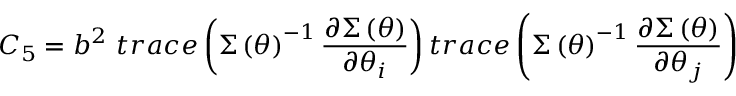
C _ { 5 } = b ^ { 2 } \mathrm { ~ } t r a c e \left( \boldsymbol { \Sigma } \left( \boldsymbol { \theta } \right) ^ { - 1 } \frac { \partial \boldsymbol { \Sigma } \left( \boldsymbol { \theta } \right) } { \partial \theta _ { i } } \right) t r a c e \left( \boldsymbol { \Sigma } \left( \boldsymbol { \theta } \right) ^ { - 1 } \frac { \partial \boldsymbol { \Sigma } \left( \boldsymbol { \theta } \right) } { \partial \theta _ { j } } \right)